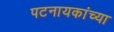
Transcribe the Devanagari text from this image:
पटनायकांच्या